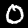
Label: 0